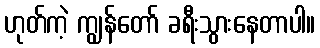
ဟုတ်ကဲ့ ကျွန်တော် ခရီးသွားနေတာပါ။